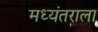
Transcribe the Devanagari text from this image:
मध्यंतराला